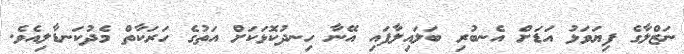
ނަޒްލާގެ ފިޔަވަޅު އަޑަށް އެނބުރި ބަލައިލާފައި އޭނާ ހިނދުކޮޅަކަށް އަތުގެ ހަރަކާތް މެދުކަނޑާލިއެވެ.